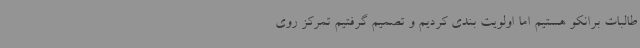
طالبات برانکو هستیم اما اولویت بندی کردیم و تصمیم گرفتیم تمرکز روی